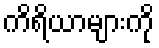
ကိရိယာများကို